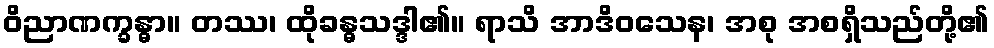
ဝိညာဏက္ခန္ဓာ။ တဿ၊ ထိုခန္ဓသဒ္ဒါ၏။ ရာသိ အာဒိဝသေန၊ အစု အစရှိသည်တို့၏